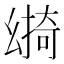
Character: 𢇎